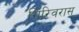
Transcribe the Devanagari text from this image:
गिरिवरास